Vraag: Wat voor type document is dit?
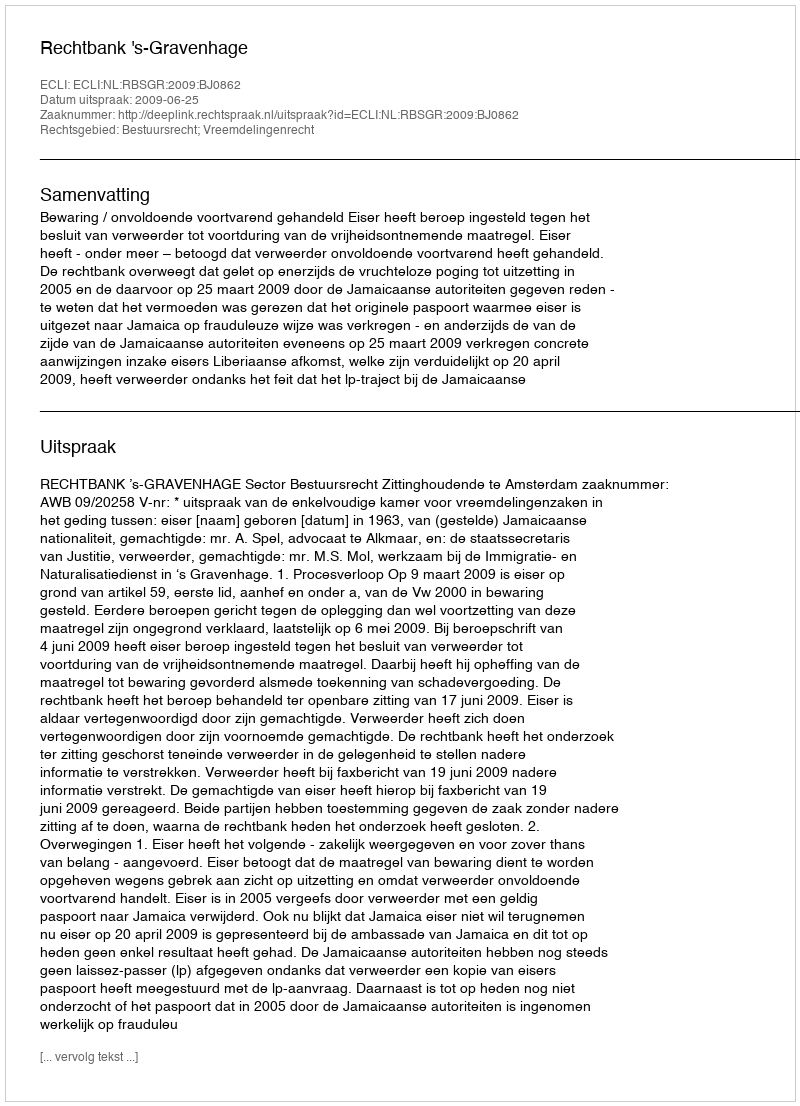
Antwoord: Uitspraak